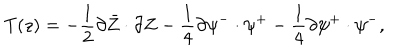
LaTeX: T ( z ) = - \frac { 1 } { 2 } \partial \bar { Z } \cdot \partial Z - \frac { 1 } { 4 } \partial { \psi } ^ { - } \cdot \psi ^ { + } - \frac { 1 } { 4 } \partial \psi ^ { + } \cdot { \psi } ^ { - } , \nonumber